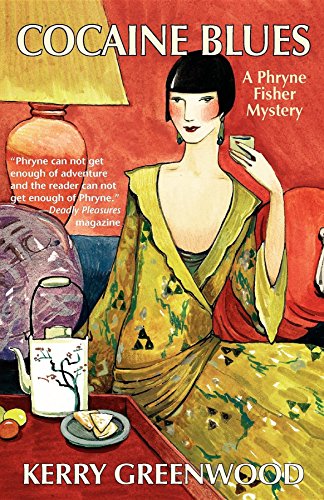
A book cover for Cocaine Blues: A Phryne Fisher Mystery (Phryne Fisher Mysteries); Kerry Greenwood; Mystery, Thriller & Suspense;